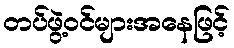
တပ်ဖွဲ့ဝင်များအနေဖြင့်